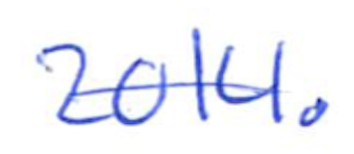
Text: 2014.
Cross-out: single-line
Writing tool: ballpoint